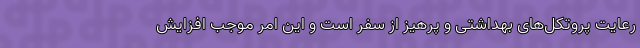
رعایت پروتکل‌های بهداشتی و پرهیز از سفر است و این امر موجب افزایش